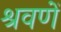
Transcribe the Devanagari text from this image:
श्रवणें